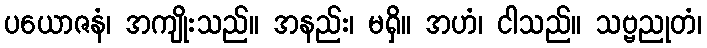
ပယောဇနံ၊ အကျိုးသည်။ အနည်း၊ မရှိ။ အဟံ၊ ငါသည်။ သဗ္ဗညုတံ၊